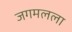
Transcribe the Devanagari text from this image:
जगमलला